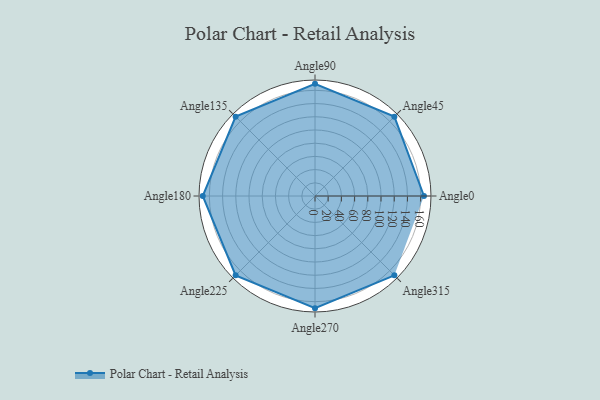
{"axis": {"x": "Angle", "y": "Radius"}, "legend": [""], "data": [{"x": "Angle0", "y": 165.0, "type": ""}, {"x": "Angle45", "y": 170.0, "type": ""}, {"x": "Angle90", "y": 170, "type": ""}, {"x": "Angle135", "y": 170.0, "type": ""}, {"x": "Angle180", "y": 170, "type": ""}, {"x": "Angle225", "y": 170, "type": ""}, {"x": "Angle270", "y": 170, "type": ""}, {"x": "Angle315", "y": 170, "type": ""}]}